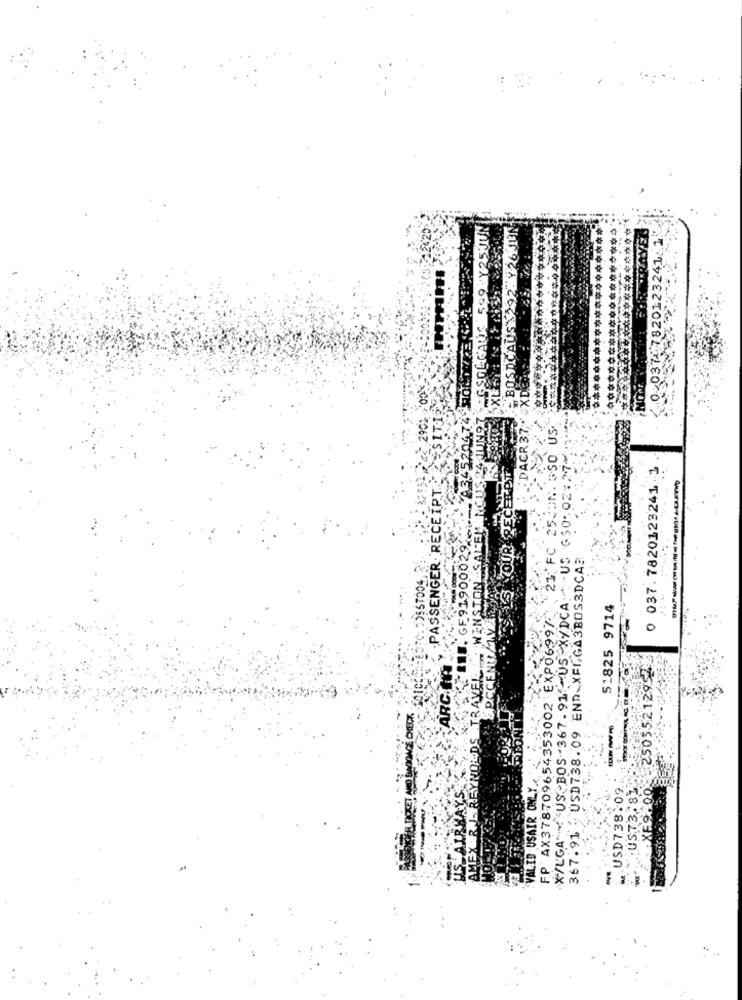
JUN
SORETRAYE J
0 037- 7820123241
BOST
A3-520474 HOLD.7
XD
2901
DACR 37;"
SSO US.
'S YOUR RECEIPT
X/LGA" <<< US BOS-367.91" US X/DCA -US 50-02:27
0 037.7820123241 1
TON SALEN NOUS
.PASSENGER . RECEIPT.
25
F9190,0025
21. F
367.91 . USD738.09 END-XFIGA3BOS3DCAR
51825 9714
SPCCENU/TV
F.P AX378709654353002 EXPO6997
VALID USAIR ONLY
HOLDS TRAVEL
ARC.
XE9:00 - 250552129
ET NED BINDONGE CHECK
USD738:09
.: US73.81